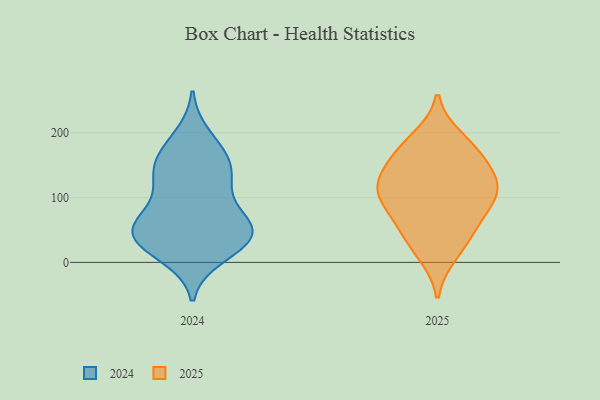
{"axis": {"x": "Waste Production (Tons)", "y": "Value"}, "legend": ["2024", "2025"], "data": [{"x": "", "y": 116, "type": "2025"}, {"x": "", "y": 191, "type": "2025"}, {"x": "", "y": 13, "type": "2025"}, {"x": "", "y": 115, "type": "2025"}, {"x": "", "y": 176, "type": "2025"}, {"x": "", "y": 31, "type": "2025"}, {"x": "", "y": 73, "type": "2025"}, {"x": "", "y": 125, "type": "2025"}, {"x": "", "y": 153, "type": "2025"}, {"x": "", "y": 54, "type": "2025"}, {"x": "", "y": 118, "type": "2025"}, {"x": "", "y": 79, "type": "2025"}, {"x": "", "y": 168, "type": "2025"}, {"x": "", "y": 106, "type": "2025"}, {"x": "", "y": 164, "type": "2024"}, {"x": "", "y": 60, "type": "2024"}, {"x": "", "y": 57, "type": "2024"}, {"x": "", "y": 122, "type": "2024"}, {"x": "", "y": 55, "type": "2024"}, {"x": "", "y": 42, "type": "2024"}, {"x": "", "y": 29, "type": "2024"}, {"x": "", "y": 72, "type": "2024"}, {"x": "", "y": 168, "type": "2024"}, {"x": "", "y": 122, "type": "2024"}, {"x": "", "y": 11, "type": "2024"}, {"x": "", "y": 36, "type": "2024"}, {"x": "", "y": 53, "type": "2024"}, {"x": "", "y": 148, "type": "2024"}, {"x": "", "y": 25, "type": "2024"}, {"x": "", "y": 194, "type": "2024"}, {"x": "", "y": 132, "type": "2024"}]}